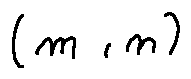
( m , n )